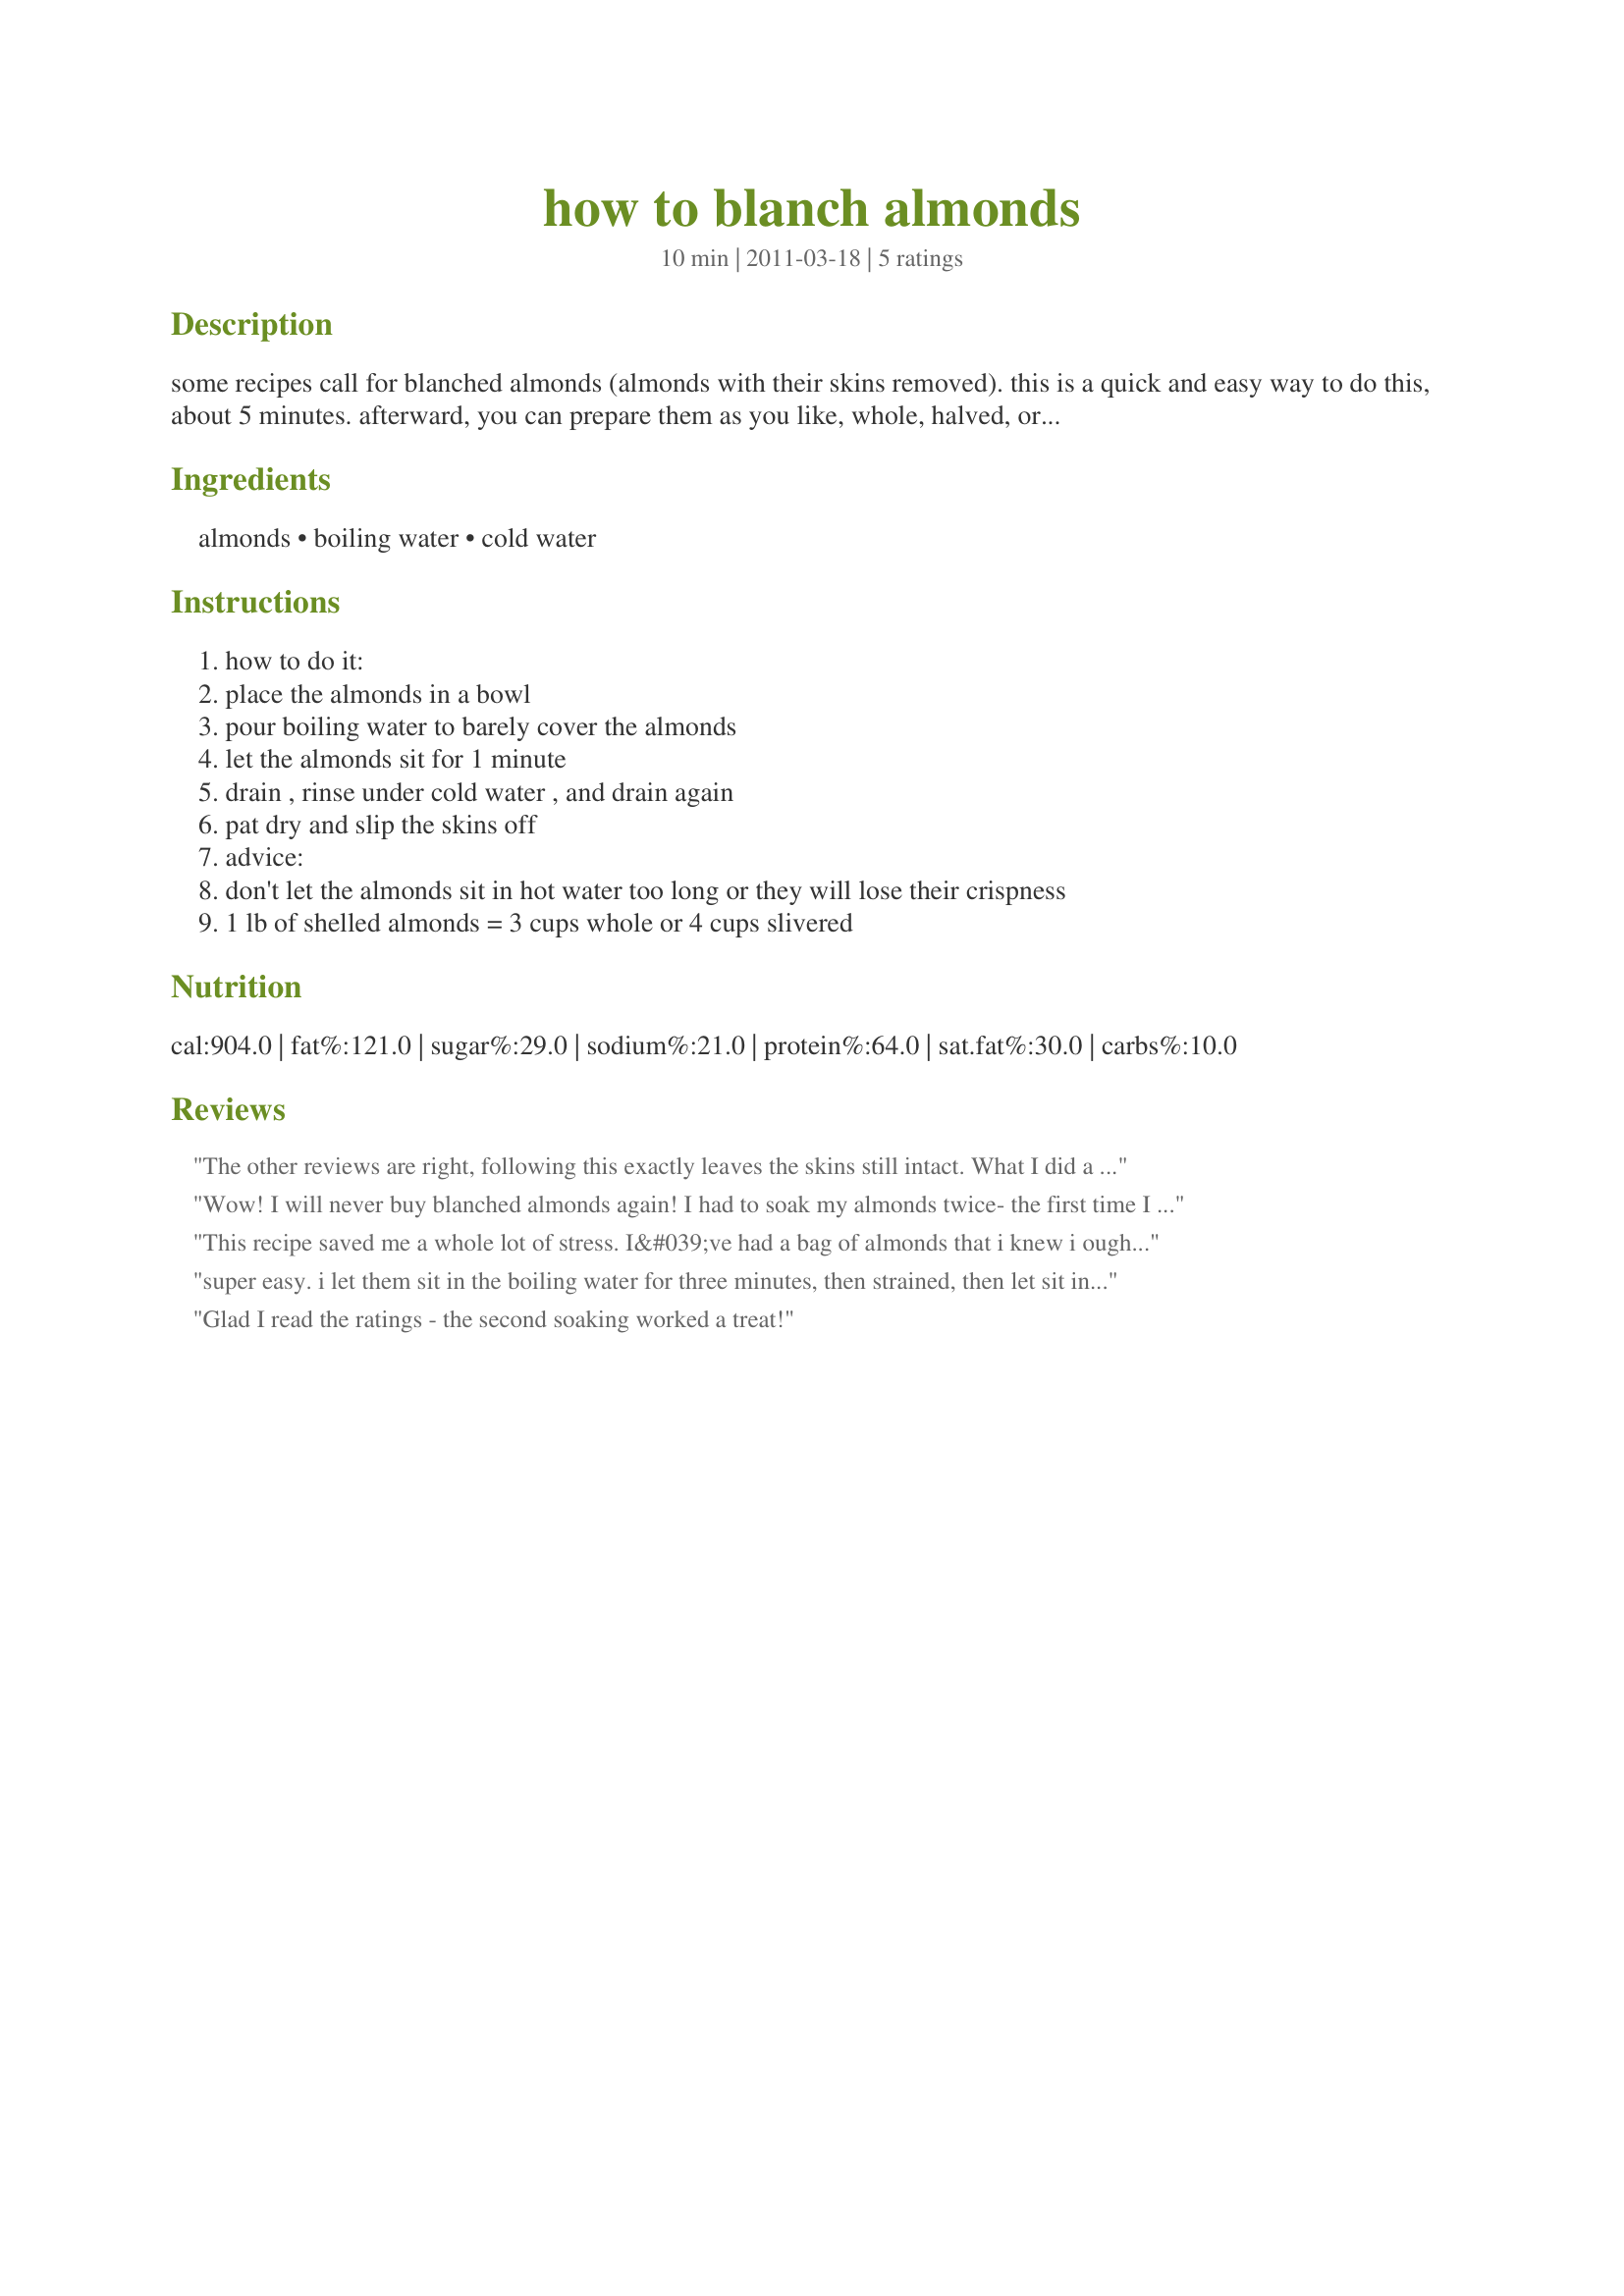
how to blanch almonds
Preparation time: 10 minutes

some recipes call for blanched almonds (almonds with their skins removed). this is a quick and easy way to do this, about 5 minutes. afterward, you can prepare them as you like, whole, halved, or slivered.

Ingredients:
almonds, boiling water, cold water

Steps:
how to do it:
place the almonds in a bowl
pour boiling water to barely cover the almonds
let the almonds sit for 1 minute
drain , rinse under cold water , and drain again
pat dry and slip the skins off
advice:
don't let the almonds sit in hot water too long or they will lose their crispness
1 lb of shelled almonds = 3 cups whole or 4 cups slivered

Reviews:
The other reviews are right, following this exactly leaves the skins still intact. What I did a little differently than everyone else was scoop the almonds out with a slotted spoon into cold water and left the water boiling in the pot. I checked the almonds after they cooled down and when I saw the skin was not coming off I threw them all back in the boiling water for about 45 seconds and that was perfect! The skin slid right off.
Wow! I will never buy blanched almonds again! I had to soak my almonds twice- the first time I let them sit for a minute, as directed, but the skins were still sticking. So I soaked them again, for about three minutes, and they came right off. Who knows, maybe I had older almonds? But this is a really fast, easy way to get those pesky skins off without paying a fortune to buy them that way. Thanks for the great method!
This recipe saved me a whole lot of stress. I&#039;ve had a bag of almonds that i knew i ought to blanch but dreaded the work involved.&lt;br/&gt;Then i found this recipe: At first pass, only a few skinned easily. Then i remembered IngridH&#039;s suggestion to soak them a second time. Success!!&lt;br/&gt;I blanched a 3lb bag in much less time than i had planned.&lt;br/&gt;Thank you, breezermom for posting the recipe and thank you, IngridH, for posting your suggestion.
super easy. i let them sit in the boiling water for three minutes, then strained, then let sit in cold water for a couple minutes and skins came right off with a squeeze.
Glad I read the ratings - the second soaking worked a treat!
